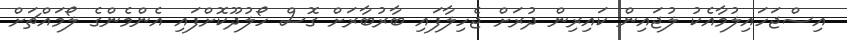
އިސްޖަހައިލުމާއެކު ލުޖައިން ކައިރިން ދުރަށް ޖެހިލާފައި ބާރުބާރަށް ގޮސް ހޯލުދޫކޮށްފައި އެންމެންގެ ލޯމައްޗަށް